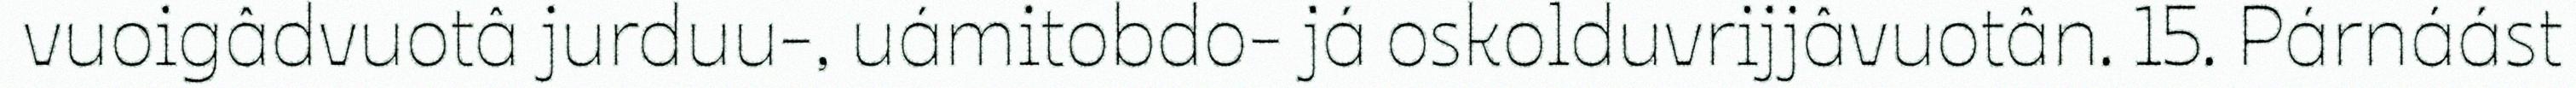
vuoigâdvuotâ jurduu-, uámitobdo- já oskolduvrijjâvuotân. 15. Párnáást